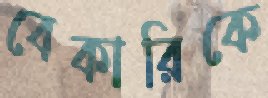
বেকারিকে